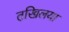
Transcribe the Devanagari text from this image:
तखि़लया